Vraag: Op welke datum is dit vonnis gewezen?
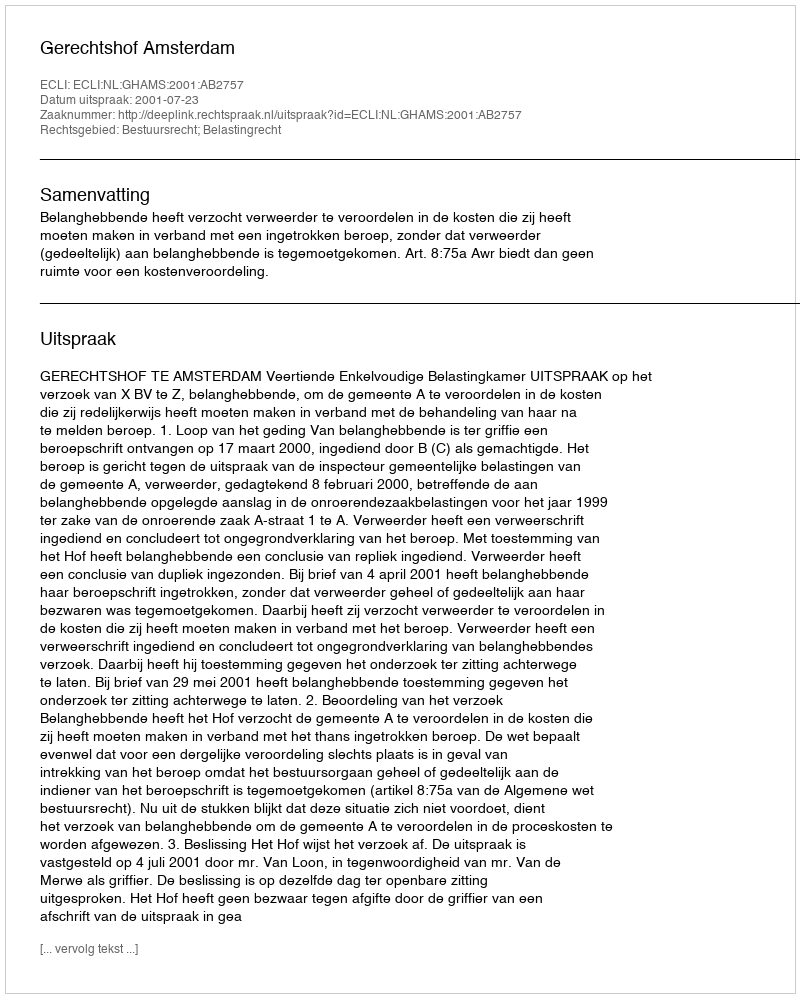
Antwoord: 2001-07-23